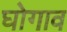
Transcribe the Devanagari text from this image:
घोगाव